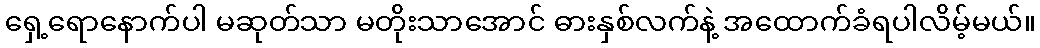
ရှေ့ရောနောက်ပါ မဆုတ်သာ မတိုးသာအောင် ဓားနှစ်လက်နဲ့ အထောက်ခံရပါလိမ့်မယ်။